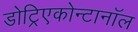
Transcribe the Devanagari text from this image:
डोट्रिएकोन्टानॉल